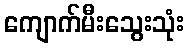
ကျောက်မီးသွေးသုံး